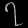
Digit: ၇